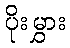
ပိုးမွှား